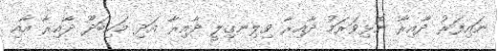
ނައިފަރު ދާއިރާ ނޮޅިވަރަމު ދާއިރާ ވިލިނގިލީ ދާއިރާ އަދި މަހިބަދޫ ދާއިރާ އާއި